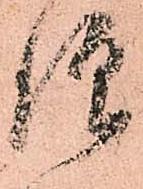
仰